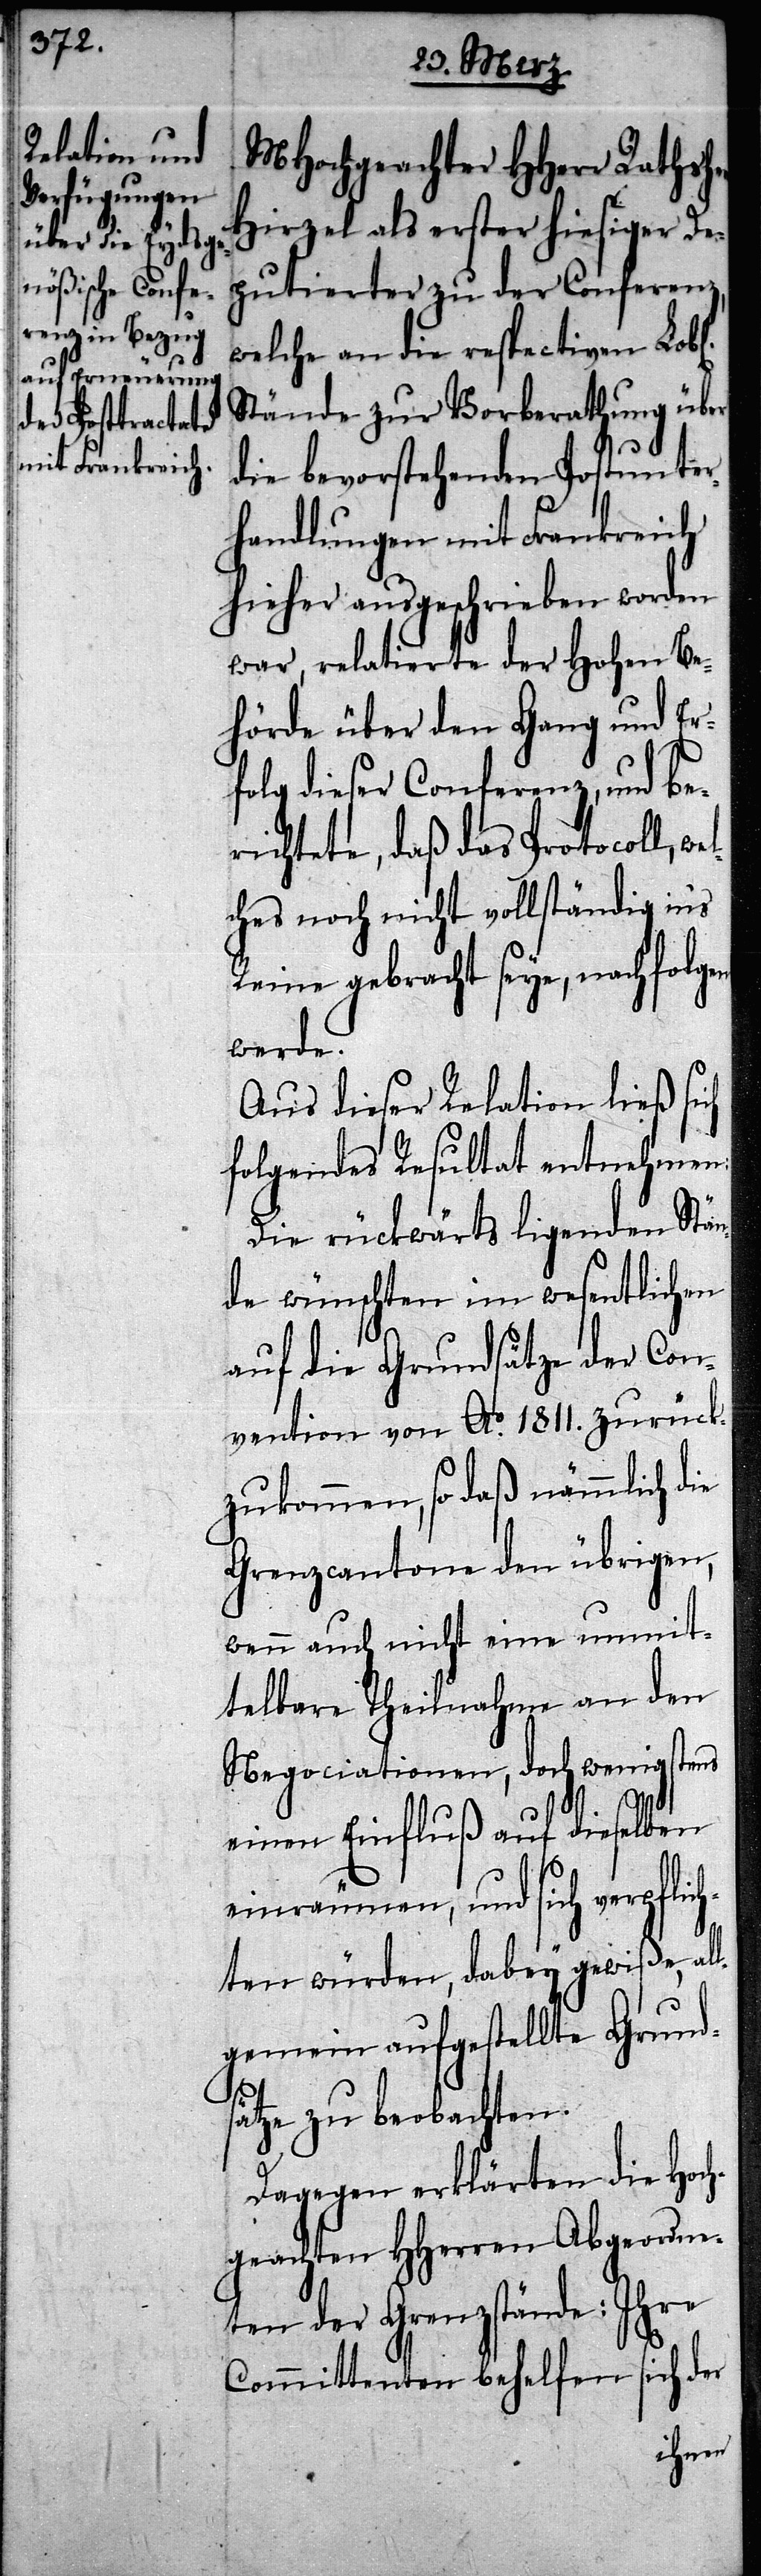
MHochgeachter HHerr Rathshe¬
Hirzel als erster hiesiger De¬
putierter zu der Conferenz,
welche an die respectiven
Stände zur Vorberathung über
die bevorstehenden Postunter¬
handlungen mit Frankreich
hieher ausgeschrieben worden
war, relatierte der Hohen Be¬
hörde über den Gang und Er¬
folg dieser Conferenz, und be¬
richtete, daß das Protocoll, w¬
ches noch nicht vollständig ins
Reine gebracht seye, nachfolgen
werde.
Aus dieser Relation ließ sich
folgendes Resultat entnehmen:
Die rückwärts ligenden Stän¬
de wünschten im wesentlichen
auf die Grundsätze der Con¬
vention von Ao. 1811. zurück¬
zukommen, so daß nämmlich die
Grenzcantone den übrigen,
wenn auch nicht eine unmit¬
telbare Theilnahme an den
Negociationen, doch wenigstens
einen Einfluß auf dieselben
einräumen, und sich verpflic¬
hten würden, dabey gewiße, al¬
lgemein aufgestellte Grund¬
el¬
sätze zu beobachten.
Dagegen erklärten die hoc¬
hgeachten HHerren Abgeordne¬
ten der Grenzstände: Ihre
Committenten behelfen sich der